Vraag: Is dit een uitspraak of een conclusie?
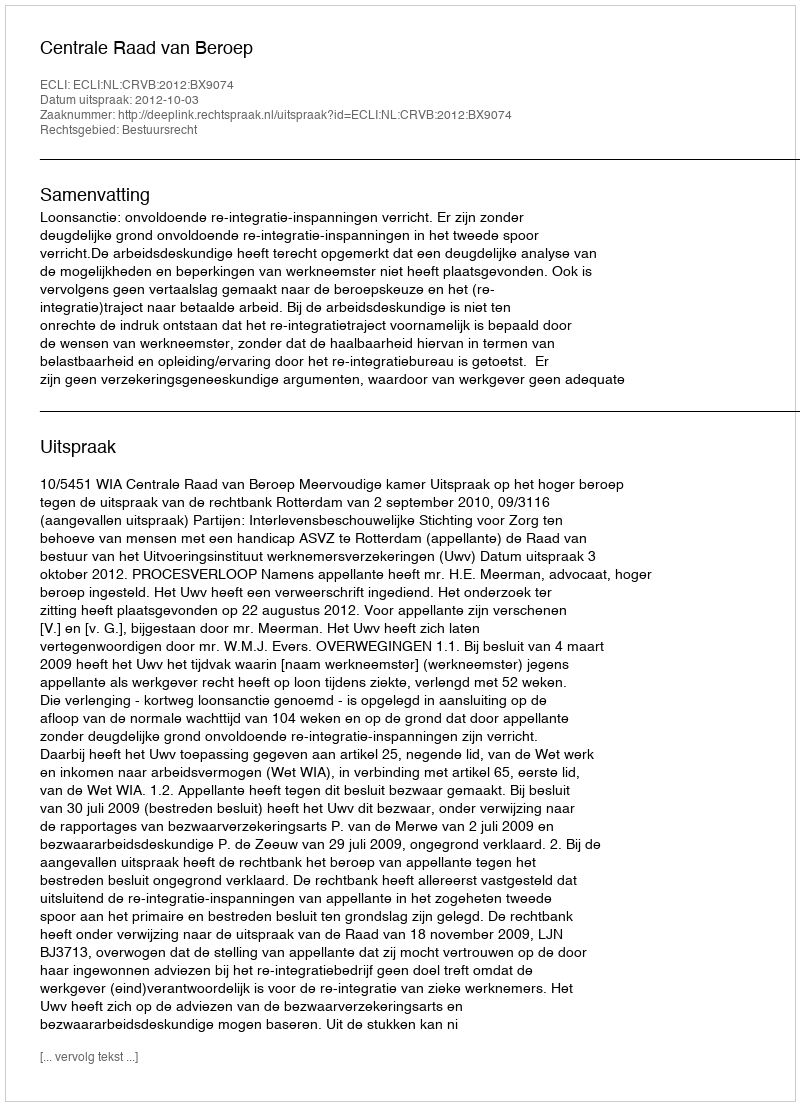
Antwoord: Uitspraak